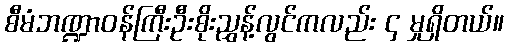
စီမံဘဏ္ဍာဝန်ကြီးဦးစိုးညွှန့်လွင်ကလည်း ၄ မှုရှိတယ်။